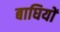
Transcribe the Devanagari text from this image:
बाघियों